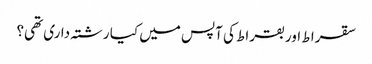
سقرا ط اور بقراط کی آپس میں کیا رشتہ داری تھی؟